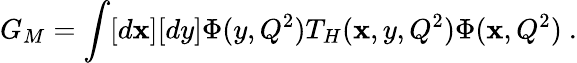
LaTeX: G_{M}=\int[d\mathbf{x}][dy]\Phi(y,Q^{2})T_{H}(\mathbf{x},y,Q^{2})\Phi(\mathbf{x},Q^{2})\ .